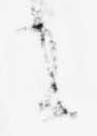
に